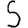
Digit: 5